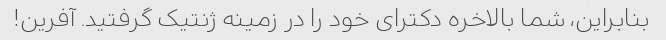
بنابراین، شما بالاخره دکترای خود را در زمینه ژنتیک گرفتید. آفرین!